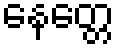
နေတ္တေ